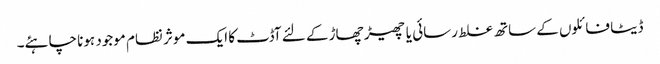
ڈیٹا فائلوں کے ساتھ غلط رسائی یا چھیڑ چھاڑ کے لئے آڈٹ کا ایک موثر نظام موجود ہونا چاہئے۔